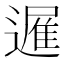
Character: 𮟈